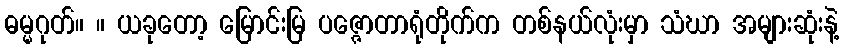
ဓမ္မဂုတ်။ ။ ယခုတော့ မြောင်းမြ ပဇ္ဇောတာရုံတိုက်က တစ်နယ်လုံးမှာ သံဃာ အများဆုံးနဲ့